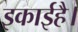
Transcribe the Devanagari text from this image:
इकाईहै।